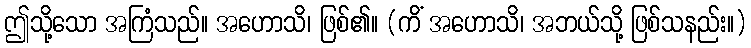
ဤသို့သော အကြံသည်။ အဟောသိ၊ ဖြစ်၏။ (ကိံ အဟောသိ၊ အဘယ်သို့ ဖြစ်သနည်း။)